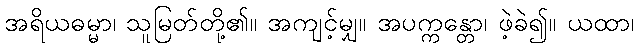
အရိယဓမ္မာ၊ သူမြတ်တို့၏။ အကျင့်မျှ။ အပက္ကန္တော၊ ဖဲ့ခဲ၍။ ယထာ၊